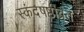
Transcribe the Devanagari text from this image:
स्कंदषष्ठीव्रत